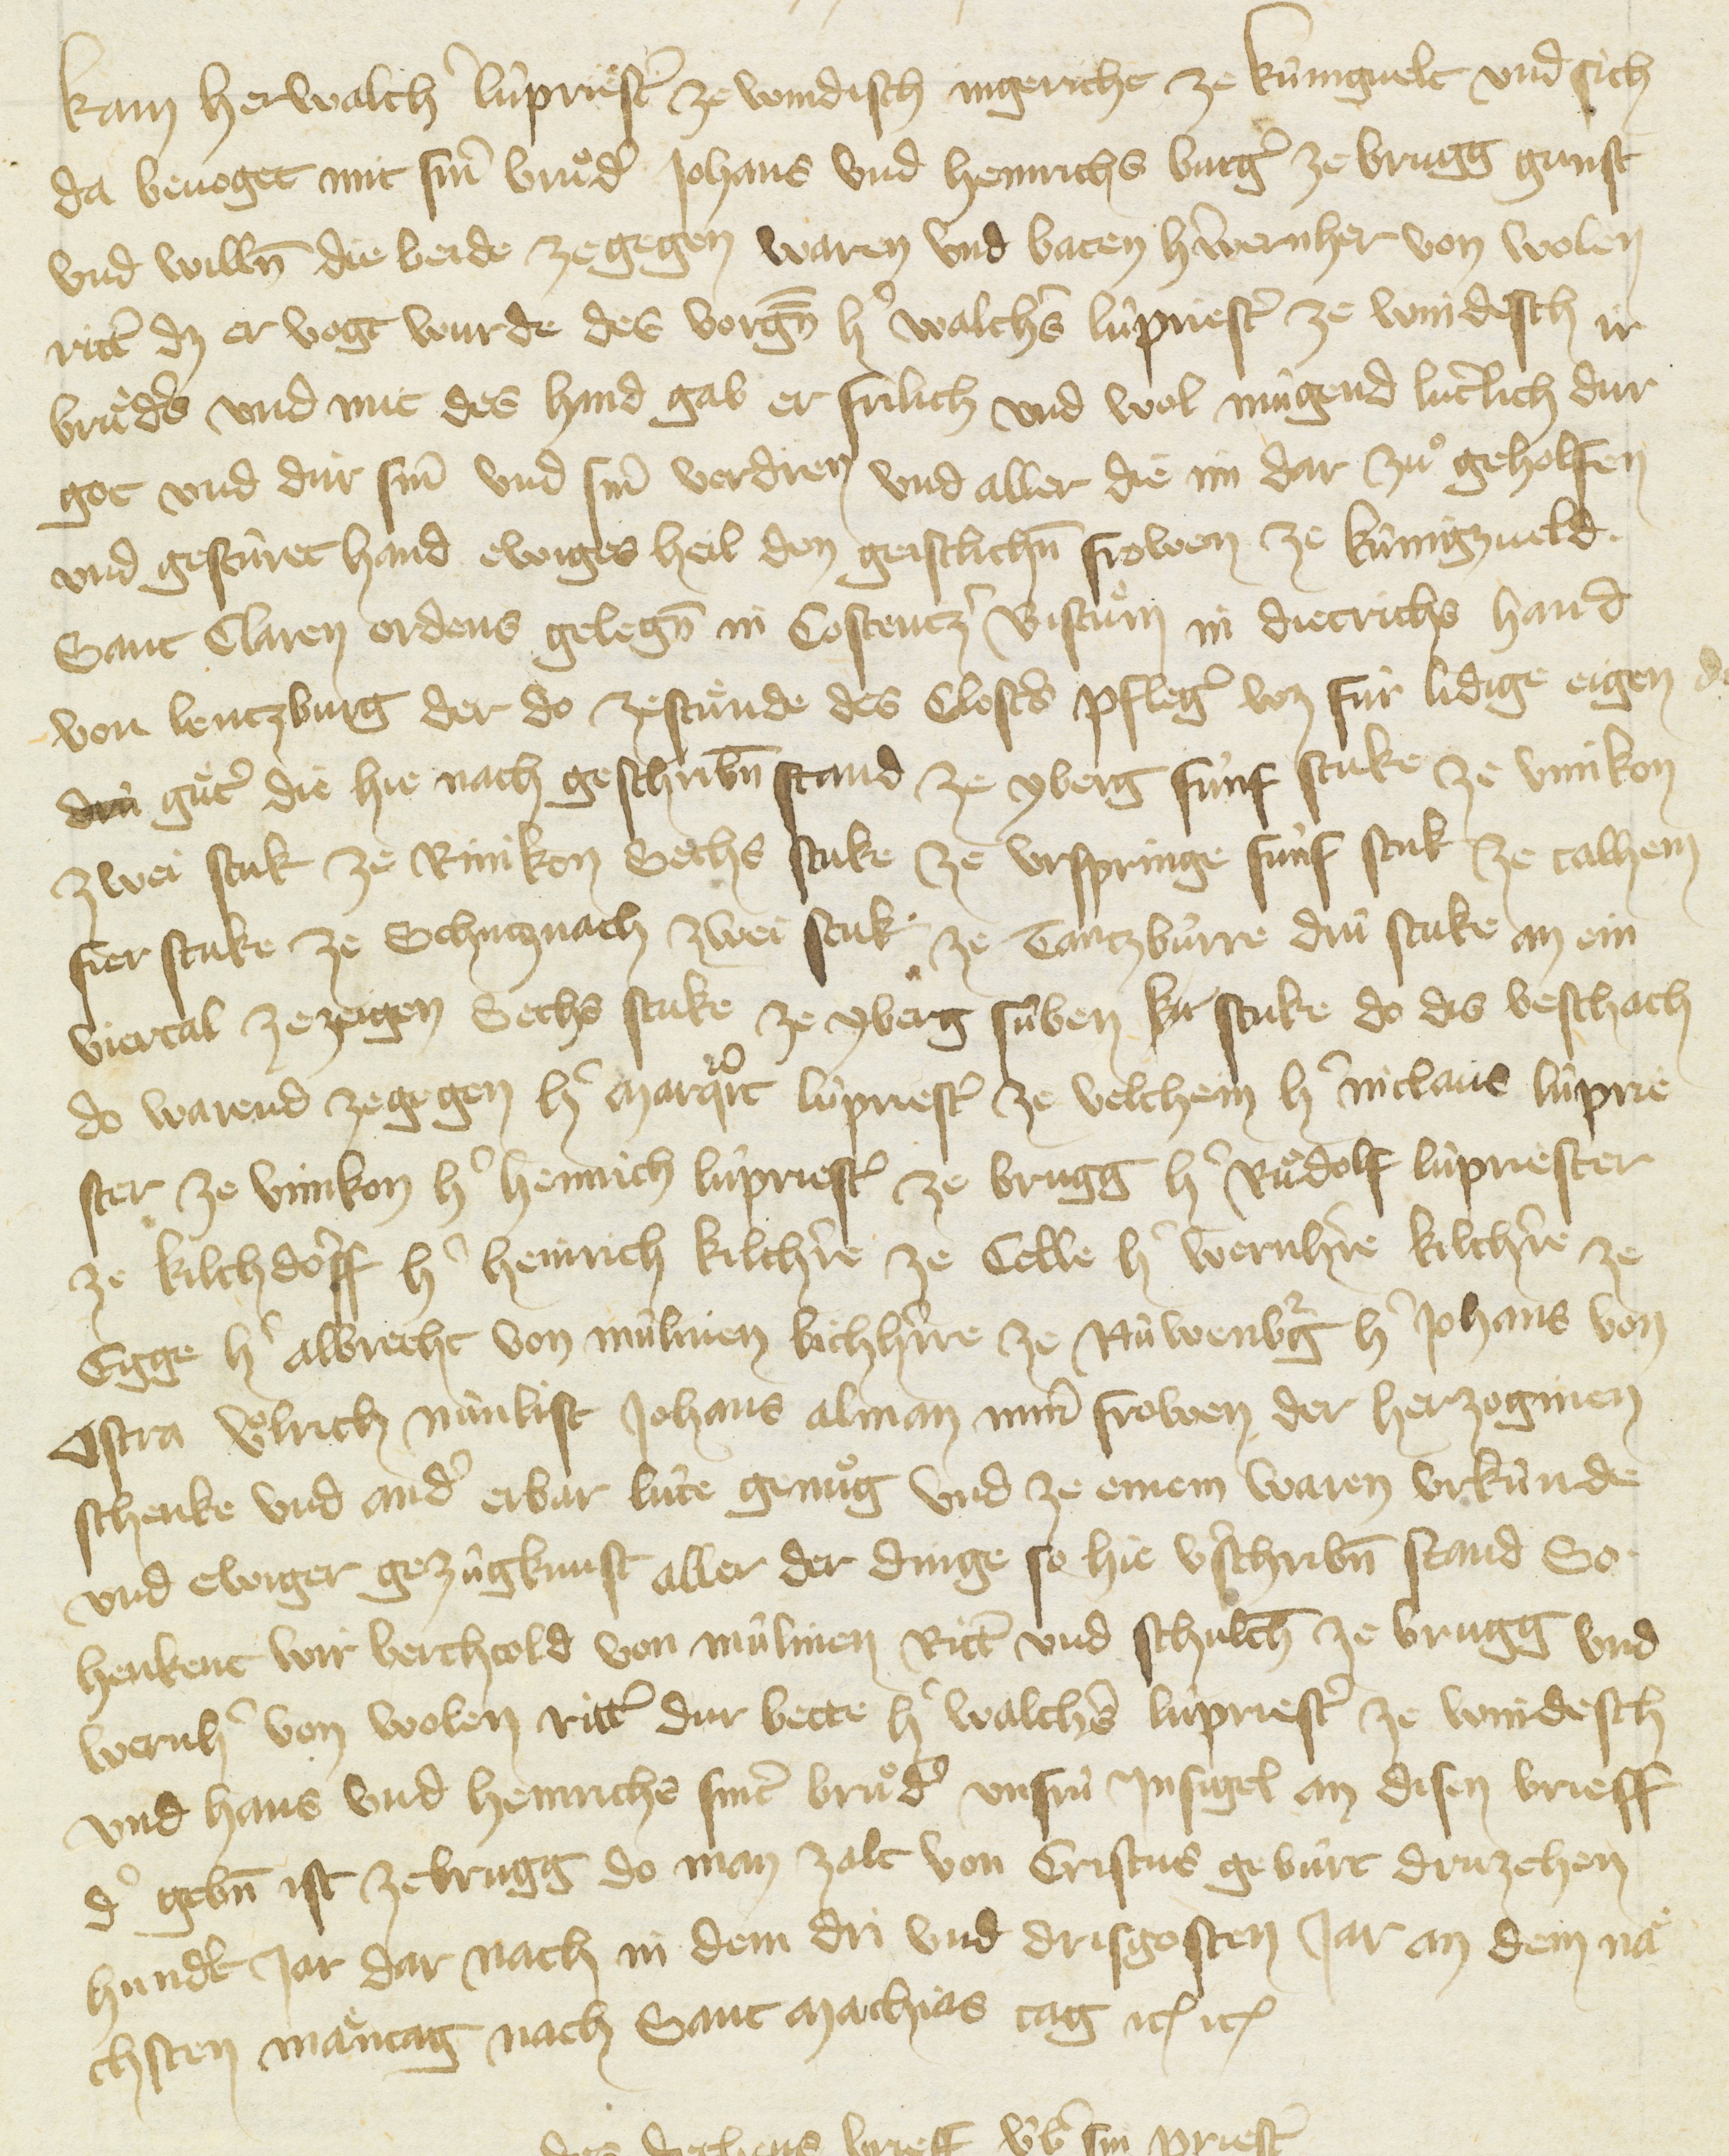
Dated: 1416–1418